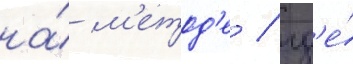
на́ м'етод'е / гд'е́